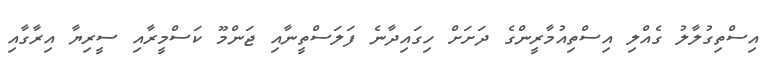
އިސްތިގުލާލު ގެއްލި އިސްތިއުމާރީންގެ ދަށަށް ހިގައިދާނެ ފަލަސްތީނާއި ޖަންމޫ ކަސްމީރާއި ސީރިޔާ އިރާގާއި